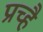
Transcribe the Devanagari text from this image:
प्रच्है